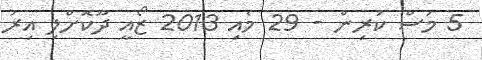
5 މަސް ކުރިން - 29 މެއި 2013 ޒޯއީ ދޫކޮށްލި އިރު